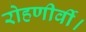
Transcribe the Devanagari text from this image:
रोहणीर्वी।